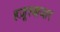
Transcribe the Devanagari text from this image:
हज़ूरबाजार